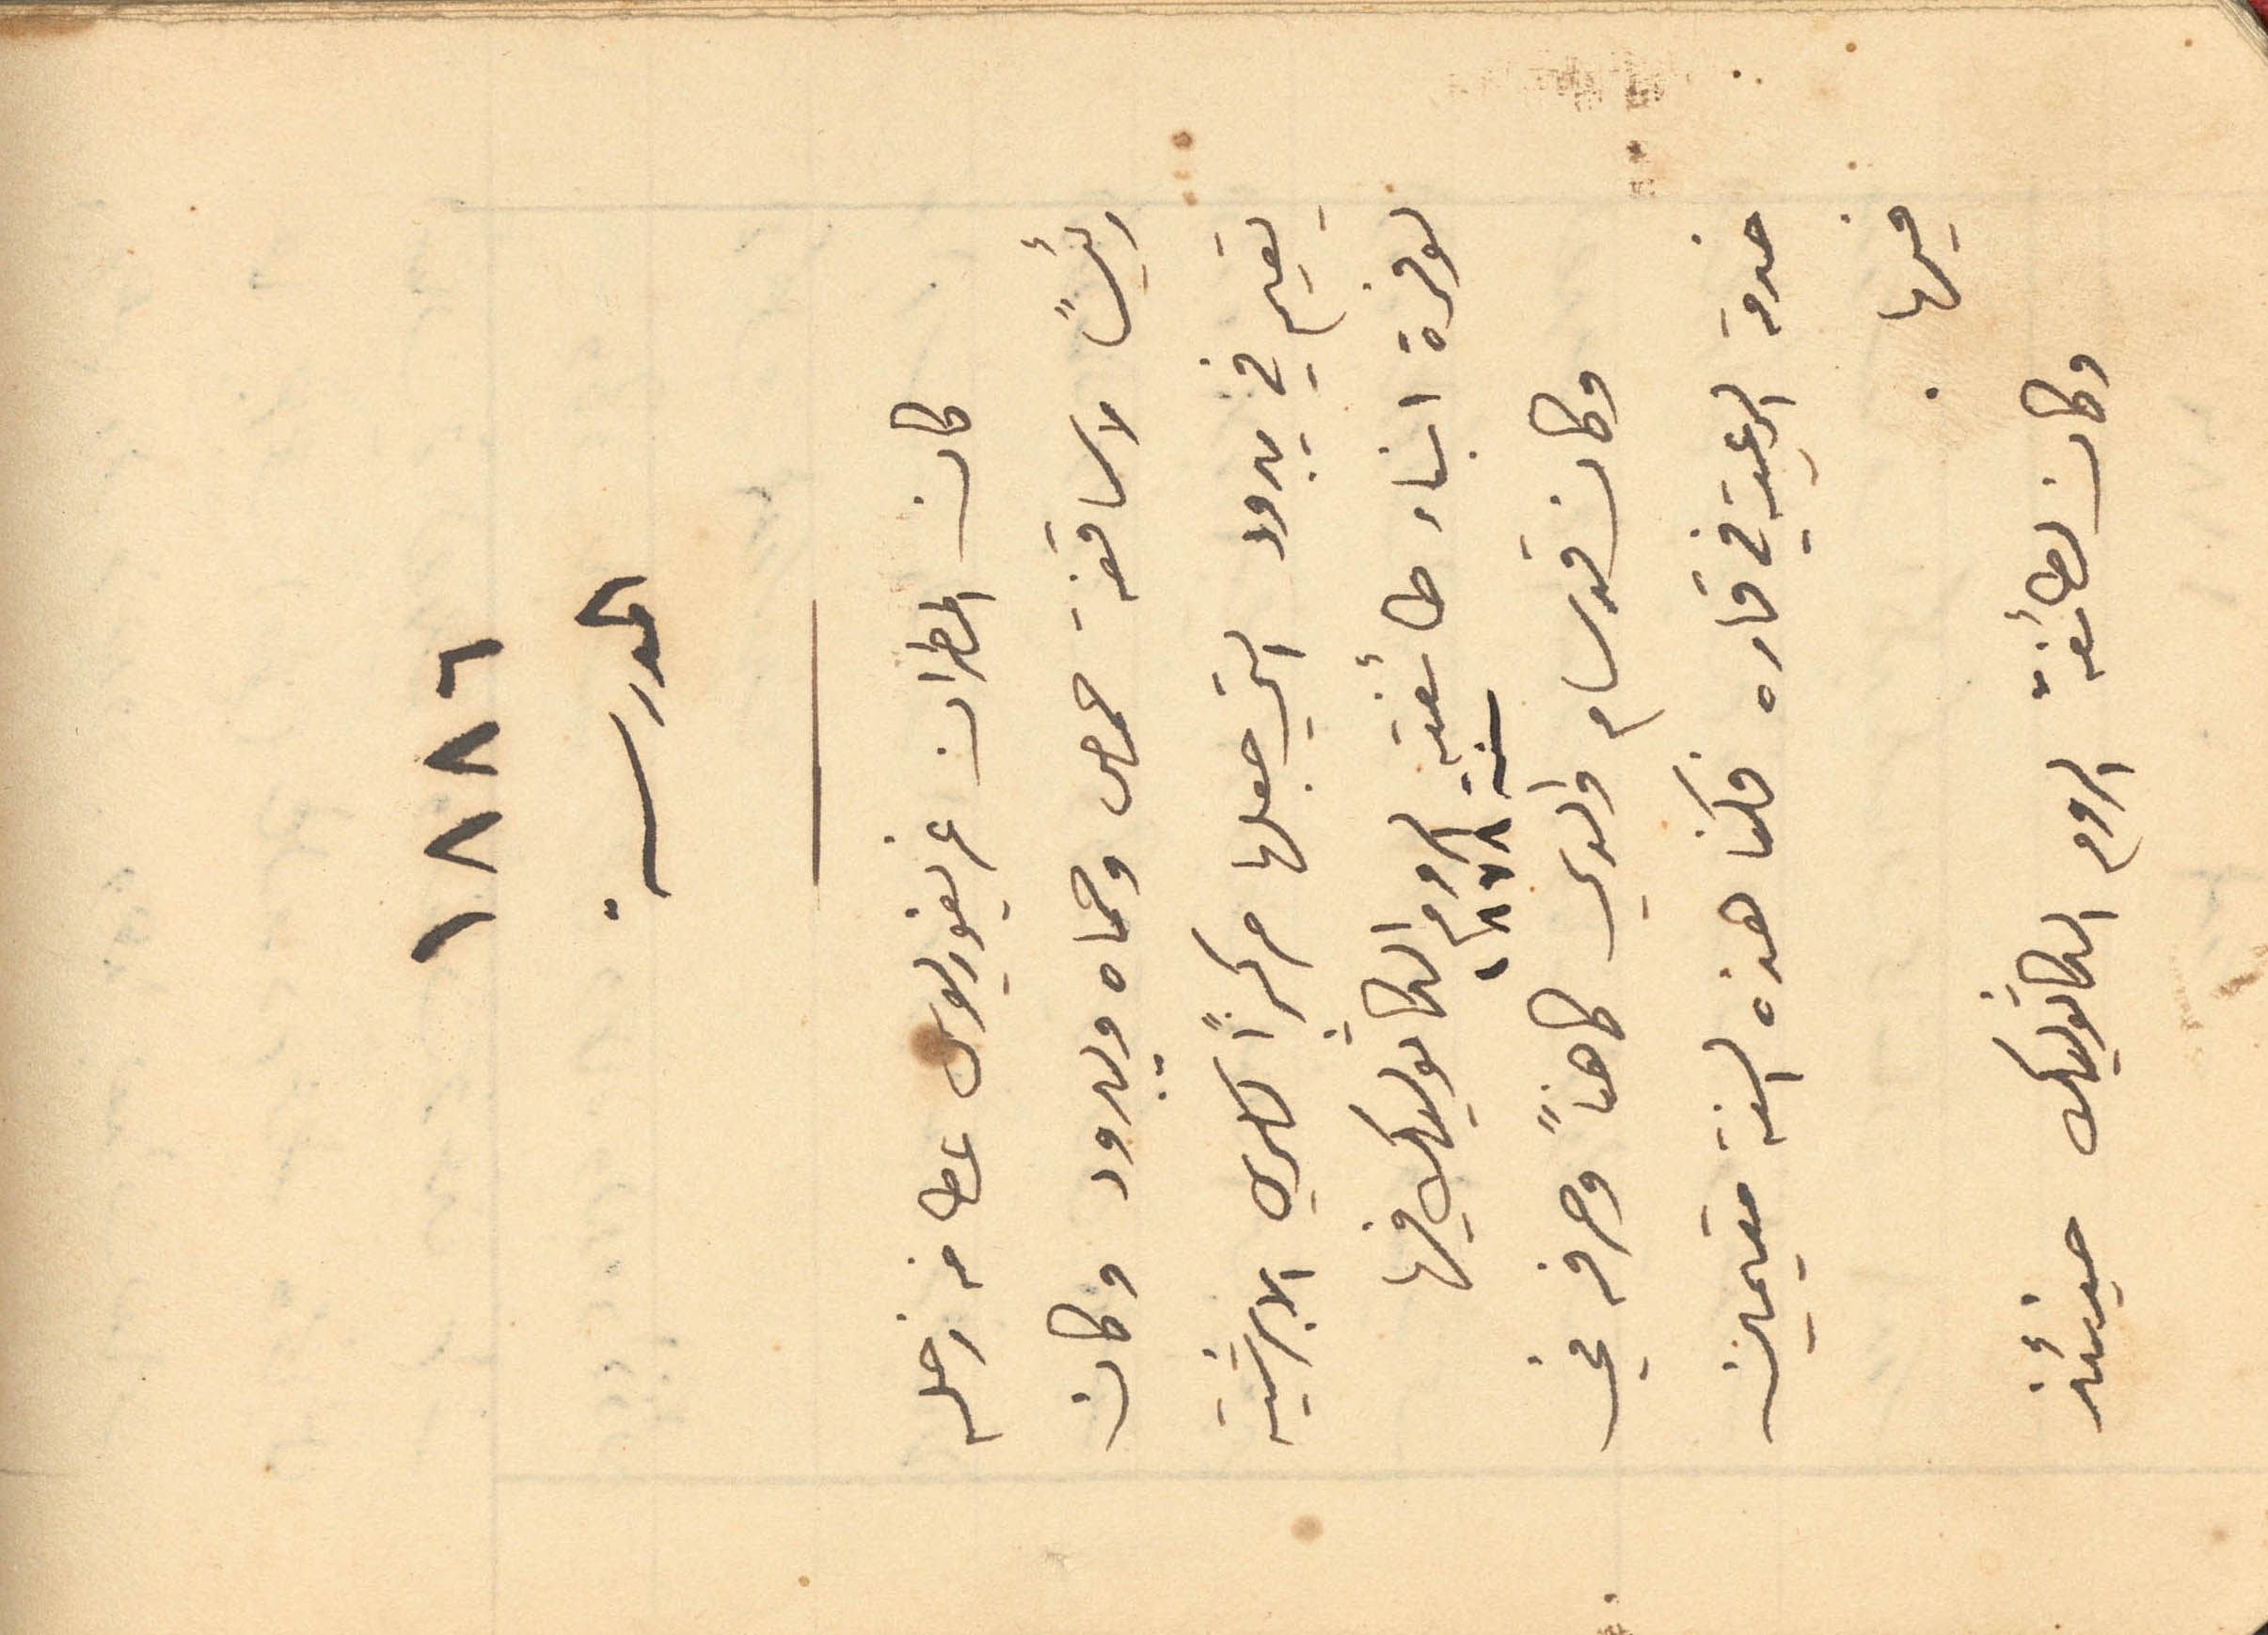
1886
المدرسة
كان المطران غريغوريوس عطا من زحله
رئيسًا لاساقفة حمص وحماه ويبرود وكان
يقيم في يبرود التي جعلها مركزًا لكرسي الابرشية
لوفرة ابناء طائفته الروم الكاثوليك فيها
سنة 1878
وكان قد سام والدي كاهناً وصرفه في
خدمة الرعية في قاره فكنا هذه السنة مقيمين
فيها.
وكان لطائفة الروم الكاثوليك حينئذ